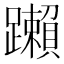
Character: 䠭